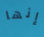
إنها